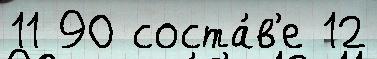
11 90 соста́в'е 12